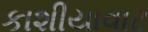
કાશીયાવાટ